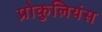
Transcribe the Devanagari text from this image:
प्रोकुलियंस